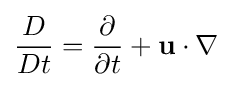
{D \over Dt}={\partial  \over \partial t}+\mathbf {u} \cdot \nabla